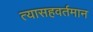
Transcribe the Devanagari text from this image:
त्यासहवर्तमान